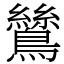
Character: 鷥